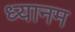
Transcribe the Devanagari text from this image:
ध्यानम